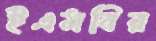
ইএমবির